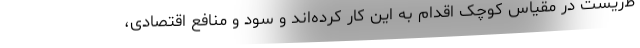
ط‌زیست در مقیاس کوچک اقدام به این کار کرده‌اند و سود و منافع اقتصادی،